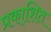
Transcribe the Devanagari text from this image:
प्रका्शित